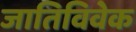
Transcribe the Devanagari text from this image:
जातिविवेक